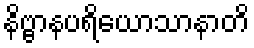
နိဗ္ဗာနပရိယောသာနာတိ